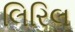
લિરિલ